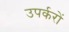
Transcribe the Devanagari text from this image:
उपर्करों